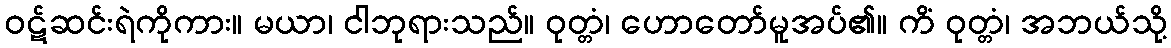
ဝဋ်ဆင်းရဲကိုကား။ မယာ၊ ငါဘုရားသည်။ ဝုတ္တံ၊ ဟောတော်မူအပ်၏။ ကိံ ဝုတ္တံ၊ အဘယ်သို့